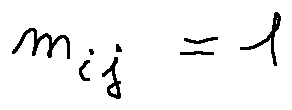
m _ { i j } = 1